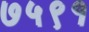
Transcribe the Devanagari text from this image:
७५९१